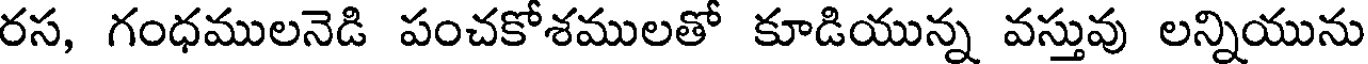
రస, గంధములనెడి పంచకోశములతో కూడియున్న వస్తువు లన్నియును